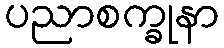
ပညာစက္ခုနာ